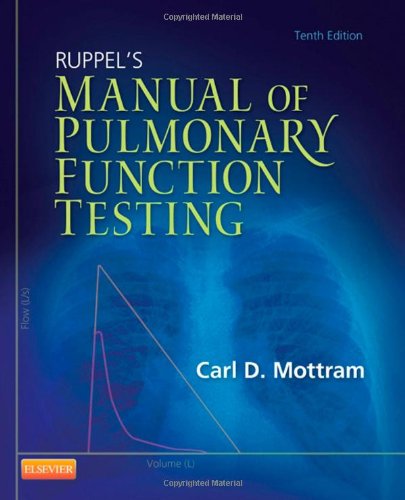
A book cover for Ruppel's Manual of Pulmonary Function Testing, 10e (Manual of Pulmonary Function Testing (Ruppel)); Carl Mottram BA  RRT  RPFT  FAARC; Medical Books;